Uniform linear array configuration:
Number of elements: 48
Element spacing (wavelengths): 1
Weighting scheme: kaiser
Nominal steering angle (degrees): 45
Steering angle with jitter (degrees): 46.175
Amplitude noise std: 0.05
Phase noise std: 0.05

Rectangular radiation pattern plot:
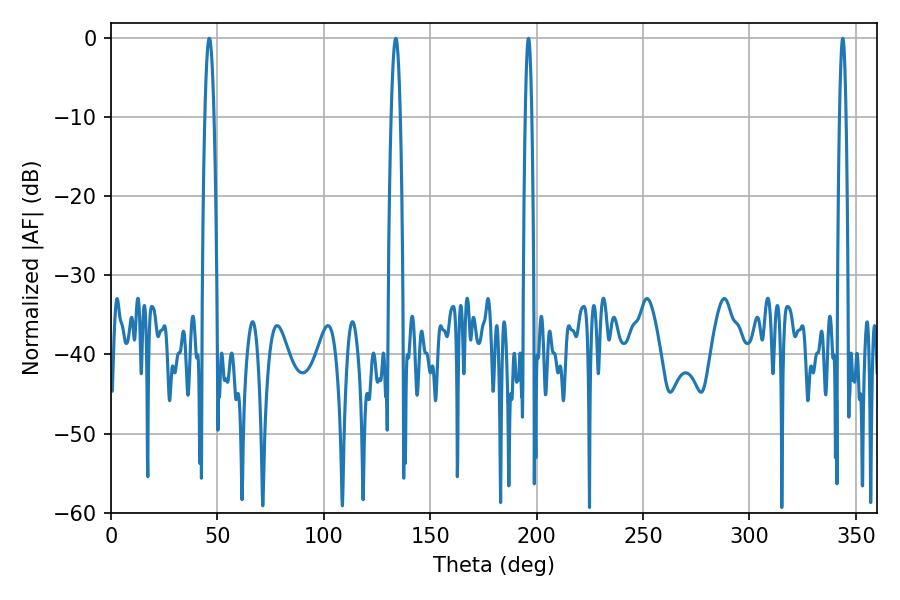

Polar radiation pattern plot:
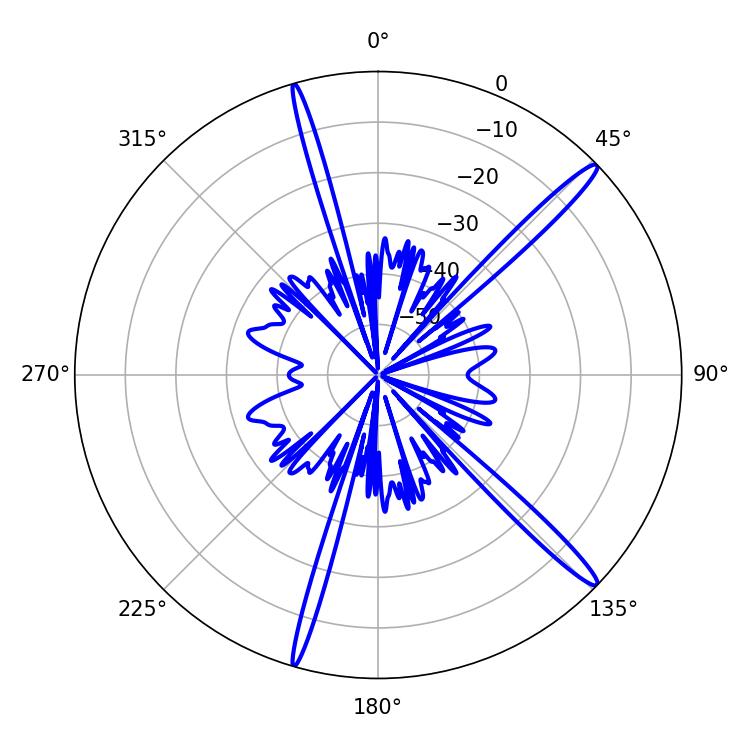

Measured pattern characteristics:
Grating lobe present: TRUE
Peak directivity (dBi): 16.301
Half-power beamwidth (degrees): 1.62
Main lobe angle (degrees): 343.8